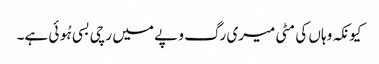
کیونکہ وہاں کی مٹی میری رگ و پے میں رچی بسی ہُوئی ہے۔